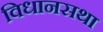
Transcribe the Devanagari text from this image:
विधानसथा